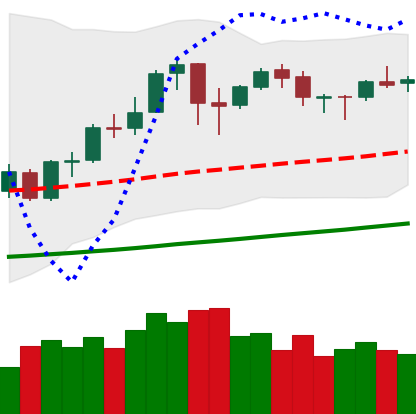
Ticker: BNB-USD
Chart end date: 2020-10-11
Forward return: 5.04%
Label: up_5_7